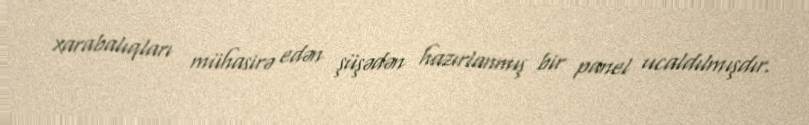
xarabalıqları mühasirə edən şüşədən hazırlanmış bir panel ucaldılmışdır.